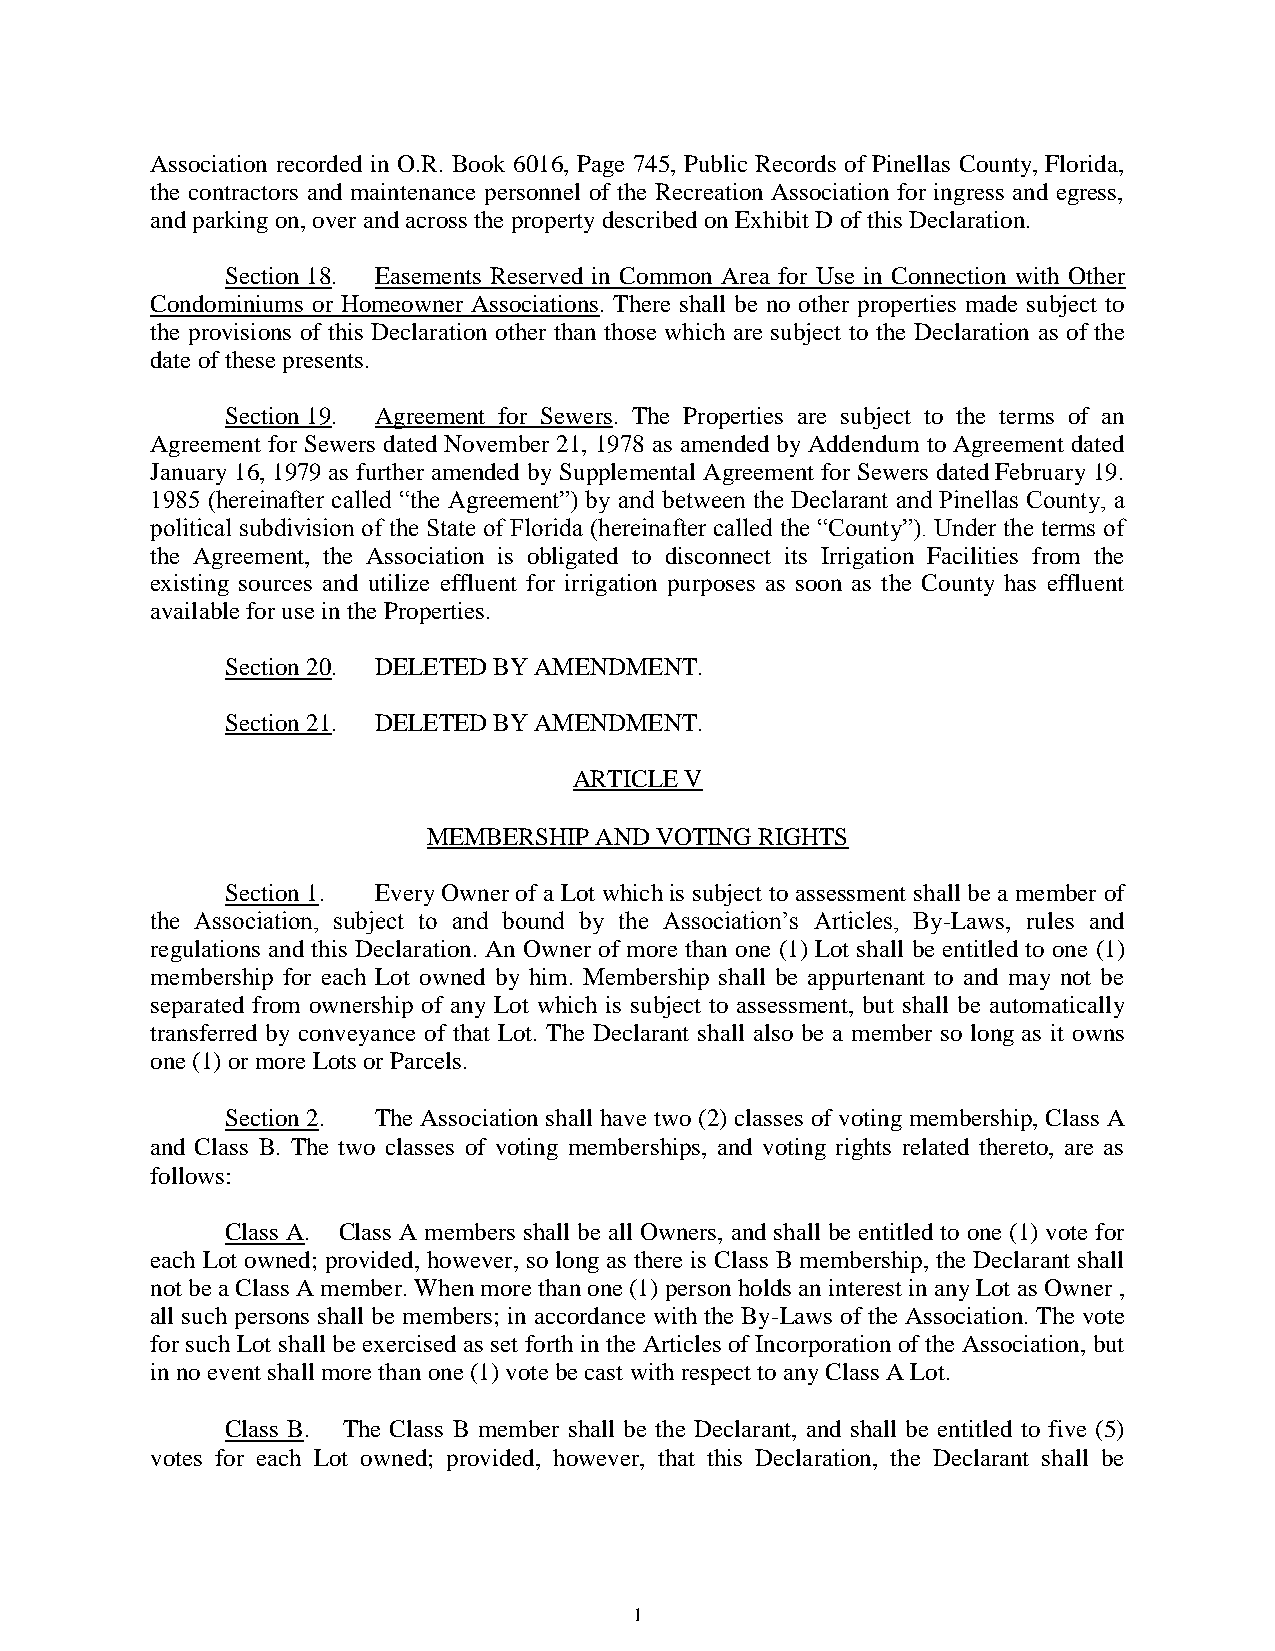
Association recorded in O.R. Book 6016, Page 745, Public Records of Pinellas County, Florida,
 the contractors and maintenance personnel of the Recreation Association for ingress and egress,
 and parking on, over and across the property described on Exhibit D of this Declaration.
 Section 18. Easements Reserved in Common Area for Use in Connection with Other
 Condominiums or Homeowner Associations. There shall be no other properties made subject to
 the provisions of this Declaration other than those which are subject to the Declaration as of the
 date of these presents.
 Section 19. Agreement for Sewers. The Properties are subject to the terms of an
 Agreement for Sewers dated November 21, 1978 as amended by Addendum to Agreement dated
 January 16, 1979 as further amended by Supplemental Agreement for Sewers dated February 19.
 1985 (hereinafter called “the Agreement”) by and between the Declarant and Pinellas County, a
 political subdivision of the State of Florida (hereinafter called the “County”). Under the terms of
 the Agreement, the Association is obligated to disconnect its Irrigation Facilities from the
 existing sources and utilize effluent for irrigation purposes as soon as the County has effluent
 available for use in the Properties.
 Section 20. DELETED BY AMENDMENT.
 Section 21. DELETED BY AMENDMENT.
 ARTICLE V
 MEMBERSHIP AND VOTING RIGHTS
 Section 1. Every Owner of a Lot which is subject to assessment shall be a member of
 the Association, subject to and bound by the Association’s Articles, By-Laws, rules and
 regulations and this Declaration. An Owner of more than one (1) Lot shall be entitled to one (1)
 membership for each Lot owned by him. Membership shall be appurtenant to and may not be
 separated from ownership of any Lot which is subject to assessment, but shall be automatically
 transferred by conveyance of that Lot. The Declarant shall also be a member so long as it owns
 one (1) or more Lots or Parcels.
 Section 2. The Association shall have two (2) classes of voting membership, Class A
 and Class B. The two classes of voting memberships, and voting rights related thereto, are as
 follows:
 Class A. Class A members shall be all Owners, and shall be entitled to one (1) vote for
 each Lot owned; provided, however, so long as there is Class B membership, the Declarant shall
 not be a Class A member. When more than one (1) person holds an interest in any Lot as Owner ,
 all such persons shall be members; in accordance with the By-Laws of the Association. The vote
 for such Lot shall be exercised as set forth in the Articles of Incorporation of the Association, but
 in no event shall more than one (1) vote be cast with respect to any Class A Lot.
 Class B. The Class B member shall be the Declarant, and shall be entitled to five (5)
 votes for each Lot owned; provided, however, that this Declaration, the Declarant shall be
 1